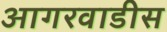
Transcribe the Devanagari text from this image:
आगरवाडीस